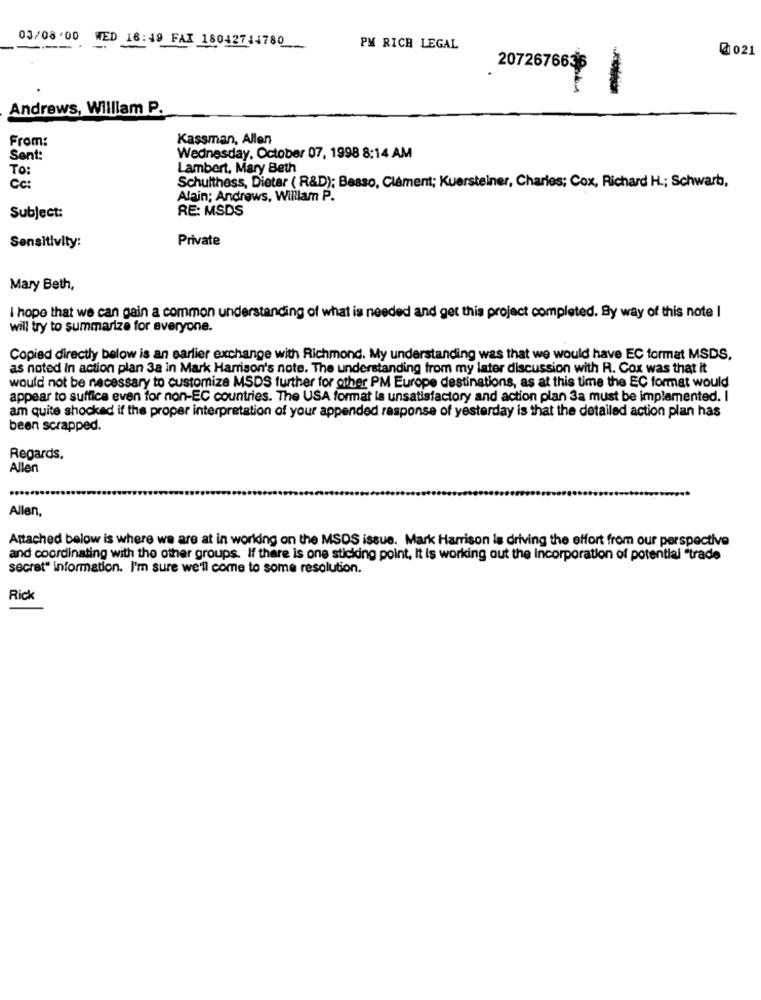
03/08 00 WED 16:49 FAX 18042744780
---
PM RICH LEGAL
@021
2072676636
Andrews, William P.
From:
Kassman, Allen
Sent:
Wednesday, October 07, 1998 8:14 AM
TO:
Lambert, Mary Beth
Cc:
Schulthess, Dietar ( R&D); Basso, Clément; Kuersteiner, Charles; Cox, Richard H .; Schwart,
Alain; Andrews, Willlam P.
RE: MSDS
Subject:
Private
Sensitivity:
Mary Beth,
I hope that we can gain a common understanding of what is needed and get this project completed. By way of this note I
will try to summarize for everyone.
Copied directly below is an earlier exchange with Richmond. My understanding was that we would have EC format MSDS.
as noted in action plan 3a in Mark Harrison's note. The understanding from my later discussion with R. Cox was that it
would not be necessary to customize MSDS further for other PM Europe destinations, as at this time the EC format would
appear to suffica even for non-EC countries. The USA format is unsatisfactory and action plan 3a must be implemented. I
am quite shocked if the proper interpretation of your appended response of yesterday is that the detailed action plan has
been scrapped.
Regards.
Allen
Allen,
Attached below is where we are at in working on the MSDS issue. Mark Harrison is driving the effort from our perspective
and coordinating with the other groups. If there is one sticking point, It is working out the incorporation of potential "trade
secret" information. I'm sure we'll come to some resolution.
Rick